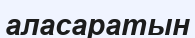
аласаратын